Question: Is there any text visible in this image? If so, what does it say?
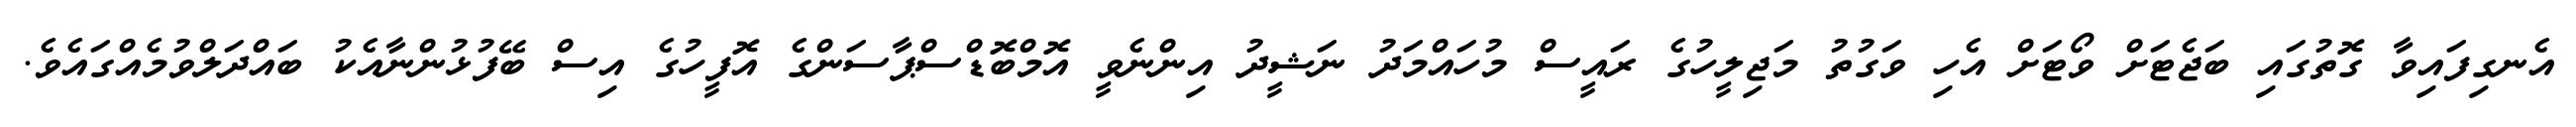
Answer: އެނގިފައިވާ ގޮތުގައި ބަޖެޓަށް ވޯޓަށް އެހި ވަގުތު މަޖިލީހުގެ ރައީސް މުހައްމަދު ނަޝީދު އިންނެވީ އޮމްބޮޑްސްޕާސަންގެ އޮފީހުގެ އިސް ބޭފުޅުންނާއެކު ބައްދަލްވުމެއްގައެވެ.